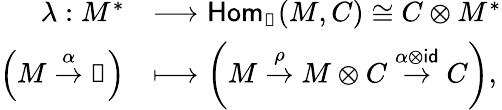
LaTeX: \begin{array}{rl}{\lambda:M^{*}}&{\longrightarrow\mathsf{Hom}_{\Bbbk}(M,C)\cong C\otimes M^{*}}\\ {\left(M\stackrel{\alpha}\rightarrow\Bbbk\right)}&{\longmapsto\left(M\stackrel{\rho}\rightarrow M\otimes C\stackrel{\alpha\otimes\mathsf{id}}\rightarrow C\right),}\end{array}